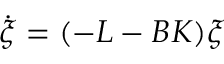
\dot { \boldsymbol { \xi } } = ( - \boldsymbol { L } - \boldsymbol { B } \boldsymbol { K } ) \boldsymbol { \xi }